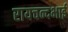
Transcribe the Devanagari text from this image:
रायचन्दभाई